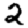
Digit: 2